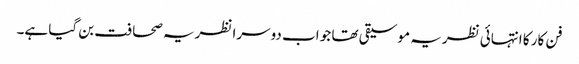
فن کار کا انتہائی نظریہ موسیقی تھا جو اب دوسرا نظریہ صحافت بن گیا ہے۔